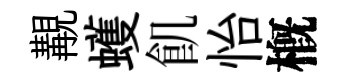
覯蠖飢怡槪